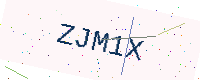
Text: ZJM1X